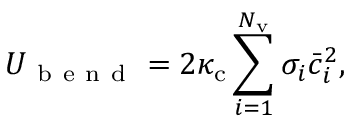
U _ { \mathrm { ~ b ~ e ~ n ~ d ~ } } = 2 \kappa _ { \mathrm { c } } \sum _ { i = 1 } ^ { N _ { \mathrm { v } } } \sigma _ { i } \bar { c } _ { i } ^ { 2 } ,